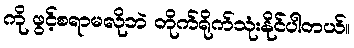
ကို ဖွင့်စရာမလိုဘဲ တိုက်ရိုက်သုံးနိုင်ပါတယ်။